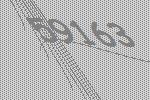
59163